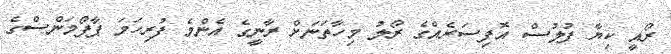
ރޯއީ ކިޔާ ފުލުސް އޮފިސަރެއްގެ ރޯލު މިހާތަނަށް ރާނީގެ އެންމެ ފުރިހަމަ ޕާފޯމަންސްގެ